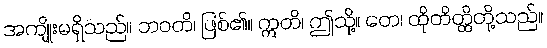
အကျိုးမရှိသည်။ ဘဝတိ၊ ဖြစ်၏။ ဣတိ၊ ဤသို့။ တေ၊ ထိုတိတ္ထိတို့သည်။